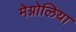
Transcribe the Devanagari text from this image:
मेग्नोलिया